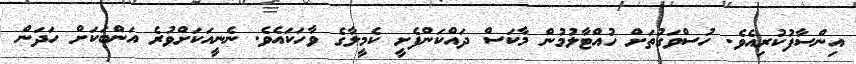
އިންސާފުކުރިއެވެ. ހުސްވަގުތަށް ހުއްޓާލުމުން މާކަސް ދައްކަންފެށީ ކެމީލާގެ ވާހަކައެވެ. ނެނީއަކަށްވުރެ އަންބަކަށް ހަދަން